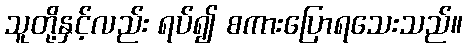
သူတို့နှင့်လည်း ရပ်၍ စကားပြောရသေးသည်။